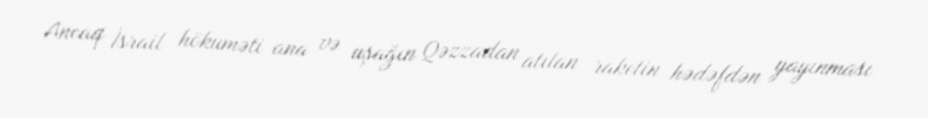
Ancaq İsrail hökuməti ana və uşağın Qəzzadan atılan raketin hədəfdən yayınması